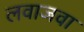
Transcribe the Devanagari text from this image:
लवाजवा